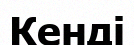
Кенді